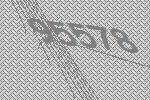
95578